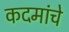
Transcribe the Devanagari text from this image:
कदमांचे